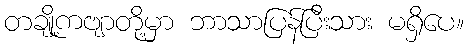
တချို့ကဗျာတို့မှာ ဘာသာပြန်ပြီးသား မရှိပေ။